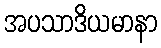
အပသာဒိယမာနာ